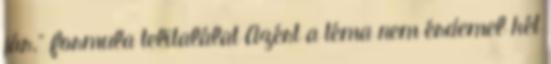
jár.” formula telitalálat Azért a téma nem érdemel két